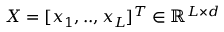
X = [ x _ { 1 } , . . , x _ { L } ] ^ { T } \in \mathbb { R } ^ { L \times d }